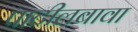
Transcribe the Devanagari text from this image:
पाटीलबावा